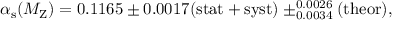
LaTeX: \alpha _ { \mathrm { s } } ( M _ { \mathrm { Z } } ) = 0 . 1 1 6 5 \pm 0 . 0 0 1 7 ( \mathrm { s t a t + s y s t } ) \pm _ { 0 . 0 0 3 4 } ^ { 0 . 0 0 2 6 } ( \mathrm { t h e o r } ) ,